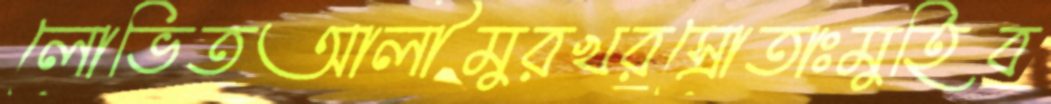
লোভিতআলীমুরখরস্রোতাঃমুহিব